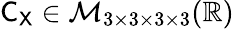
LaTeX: \mathsf{C}_{\mathsf{X}}\in\mathcal{M}_{3\times 3\times 3\times 3}(\mathbb{R})